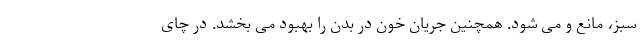
سبز، مانع و می شود. همچنین جریان خون در بدن را بهبود می بخشد. در چای